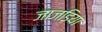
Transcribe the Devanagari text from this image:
जाजड़िया